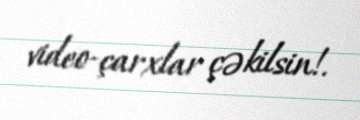
video-çarxlar çəkilsin!.